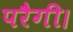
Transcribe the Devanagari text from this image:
परैगी।